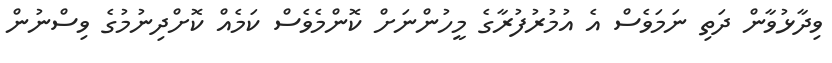
ވިދާޅުވާން ދަތި ނަމަވެސް އެ އުމުރުފުރާގެ މީހުންނަށް ކޮންމެވެސް ކަމެއް ކޮށްދިނުމުގެ ވިސްނުން